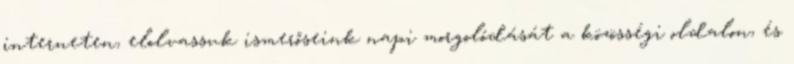
interneten, elolvassuk ismerőseink napi morgolódását a közösségi oldalon, és